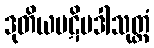
ဒုတိယပဋိပဒါသုတ္တံ